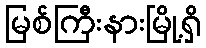
မြစ်ကြီးနားမြို့ရှိ